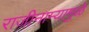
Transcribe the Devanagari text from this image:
राजीनाम्यामुळे